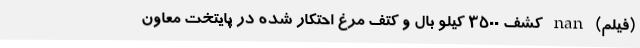
(فیلم) nan کشف ۳۵۰۰ کیلو بال و کتف مرغ احتکار شده در پایتخت معاون